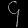
Digit: ၄